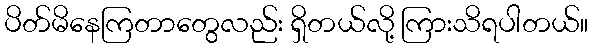
ပိတ်မိနေကြတာတွေလည်း ရှိတယ်လို့ ကြားသိရပါတယ်။